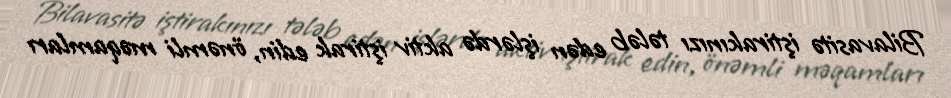
Bilavasitə iştirakınızı tələb edən işlərdə aktiv iştirak edin, önəmli məqamları